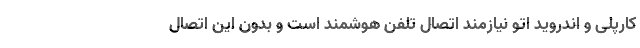
کارپلی و اندروید اتو نیازمند اتصال تلفن هوشمند است و بدون این اتصال